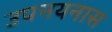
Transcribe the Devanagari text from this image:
उपनयनास